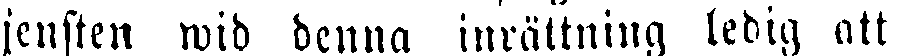
tjensten wid denna inrättning ledig att